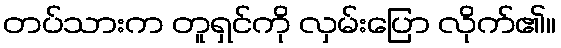
တပ်သားက တူရှင်ကို လှမ်းပြော လိုက်၏။